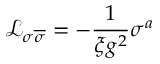
\mathcal { L } _ { \sigma \overline { { { \sigma } } } } = - \frac { 1 } { \xi g ^ { 2 } } \sigma ^ { a }